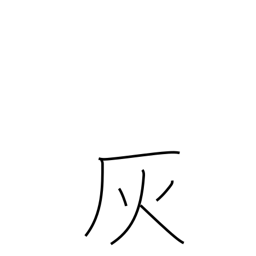
Meaning: puckery juice